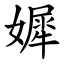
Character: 㜨